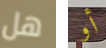
هل أو